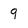
Character: 9